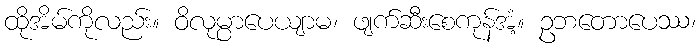
ထိုအိမ်ကိုလည်း။ ဝိလုမ္ပာပေယျာမ၊ ဖျက်ဆီးစေကုန်အံ့။ ဥဘတောပေဿ၊